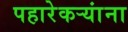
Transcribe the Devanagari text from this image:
पहारेकऱ्यांना